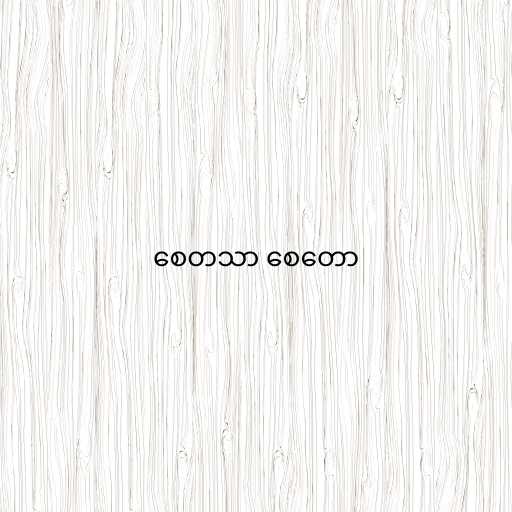
စေတသာ စေတော